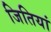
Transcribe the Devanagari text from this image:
जितियां